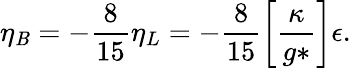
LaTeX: \eta_{\mathit{B}}=-\frac{{8}}{{15}}\eta_{L}=-\frac{{8}}{{15}}\left[\frac{{\kappa}}{{g*}}\right]\epsilon.